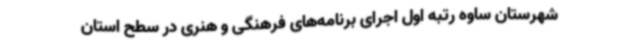
شهرستان ساوه رتبه اول اجرای برنامه‌های فرهنگی و هنری در سطح استان